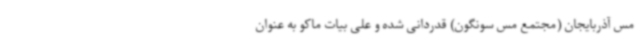
مس آذربایجان (مجتمع مس سونگون) قدردانی شده و علی بیات ماکو به عنوان